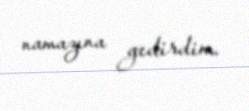
namazına gedirdim.